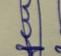
Signature authenticity: genuine